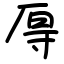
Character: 㕌